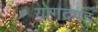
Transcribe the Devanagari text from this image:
योगदण्ड